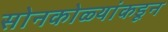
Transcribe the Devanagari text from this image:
सोनकोळ्यांकडून